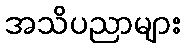
အသိပညာများ